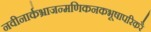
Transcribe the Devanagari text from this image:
नवीनार्कभ्राजन्मणिकनकभूषापरिकरै